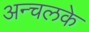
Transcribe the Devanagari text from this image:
अन्चलके